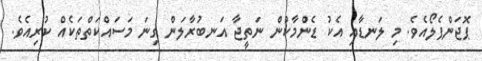
ޕޮޖަންޕެލޯއެވެ. މި ލަނޑާއި އެކު ޑެންމާކުން ނަތީޖާ އަނބުރާލަން ގިނަ މަސައްކަތްތަކެއް ކުރިއެވެ.